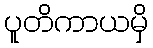
ပူတိကာယမှိ